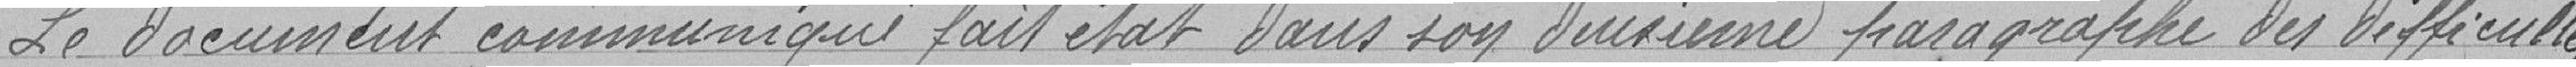
Le document communiqué fait état dans son deuxième paragraphe des difficultés